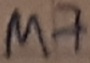
Text: M7